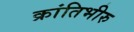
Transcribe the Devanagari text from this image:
क्रांतिभीरु